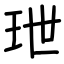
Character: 玴